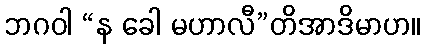
ဘဂဝါ “န ခေါ မဟာလီ”တိအာဒိမာဟ။